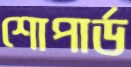
শোপার্ড